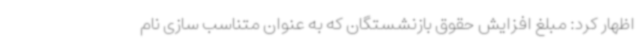
اظهار کرد: مبلغ افزایش حقوق بازنشستگان که به عنوان متناسب سازی نام